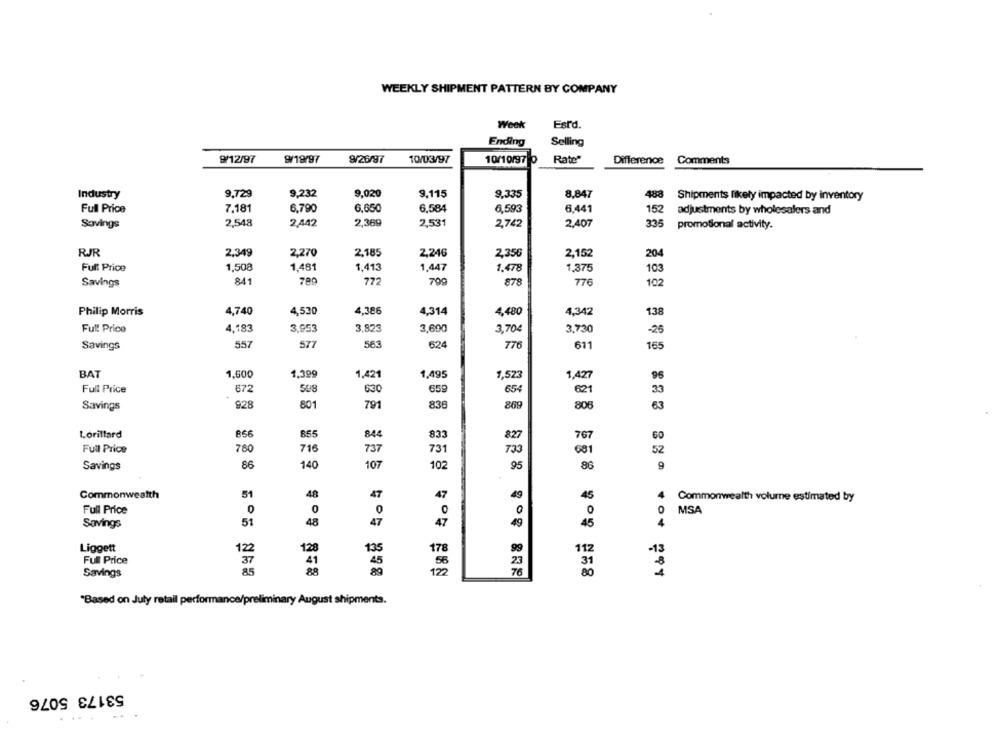
WEEKLY SHIPMENT PATTERN BY COMPANY
Week
Estd.
Ending
Selling
9/12/97
9/19/97
9/26/97
10/03/97
10/10/97 0
Rate"
Difference
Comments
Industry
9.729
9,232
9,020
9.115
9,335
8.847
488
Shipments likely impacted by inventory
Full Price
7.181
6,650
6,584
6.441
6,790
6,593
152
adjustments by wholesalers and
2,548
2,442
2,369
2,531
2.407
335
Savings
2,742
promotional activity.
RJR
2,349
2.270
2.185
2,246
2,152
204
2,356
Full Price
1,508
1,481
1.413
1,447
1,375
1.478
103
Savings
841
789
772
799
878
776
102
Philip Morris
4,740
4,530
4.386
4,314
4,480
4,342
138
3,823
Full Price
4.183
3.953
3,690
3,704
3,730
-25
Savings
557
577
563
624
776
611
165
BAT
1,500
1,399
1.421
1,495
1,523
1,427
96
Full Price
672
508
630
659
654
€21
33
Savings
928
801
791
838
869
806
63
Lorillard
866
855
844
833
827
767
60
Full Price
780
716
737
731
733
681
52
Savings
86
140
107
102
95
86
9
Commonwealth
51
48
47
47
49
45
4
Commonwealth volume estimated by
Full Price
0
0
0
0
0
0
MSA
Savings
51
48
47
49
45
4
Liggett
128
135
99
178
112
Full Price
45
31
80
Savings
"Based on July retail performance/preliminary August shipments.
53173 5076